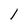
Character: l